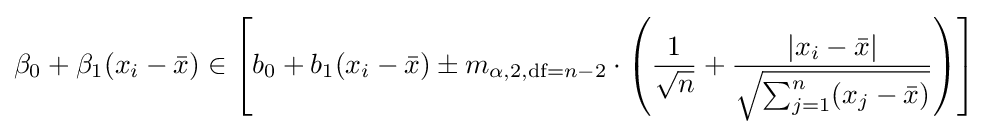
\beta _{0}+\beta _{1}(x_{i}-{\bar {x}})\in \left[b_{0}+b_{1}(x_{i}-{\bar {x}})\pm m_{\alpha ,2,{\text{df}}=n-2}\cdot \left({\frac {1}{\sqrt {n}}}+{\frac {|x_{i}-{\bar {x}}|}{\sqrt {\sum _{j=1}^{n}(x_{j}-{\bar {x}})}}}\right)\right]